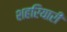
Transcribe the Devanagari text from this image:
शहरियारी